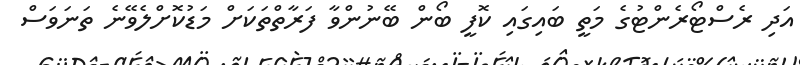
އަދި ރެސްޓޯރެންޓުގެ މަތީ ބައިގައި ކޮފީ ބޯން ބޭނުންވާ ފަރާތްތަކަށް މަޑުކޮށްލެވޭނެ ތަނަވަސް